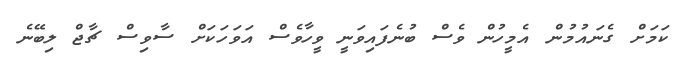
ކަމަށް ގެނައުމުން އެމީހުން ވެސް ބުނެފައިވަނީ ވީހާވެސް އަވަހަކަށް ސާވިސް ޗާޖް ލިބޭނެ